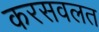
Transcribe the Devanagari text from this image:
करसवलत